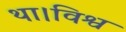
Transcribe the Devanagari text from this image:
था।विश्व